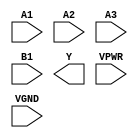
module sky130_fd_sc_hs__a31oi (
    //# {{data|Data Signals}}
    input  A1  ,
    input  A2  ,
    input  A3  ,
    input  B1  ,
    output Y   ,

    //# {{power|Power}}
    input  VPWR,
    input  VGND
);
endmodule